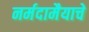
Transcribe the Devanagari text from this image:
नर्मदामैयाचे